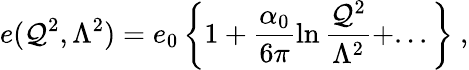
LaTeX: e(\mathcal{Q}^{2},\Lambda^{2})=e_{0}\left\{ 1+\frac{{\alpha_{0}}}{{6\pi}}\ln\frac{{\mathcal{Q}^{2}}}{{\Lambda^{2}}}+...\right\} ~,